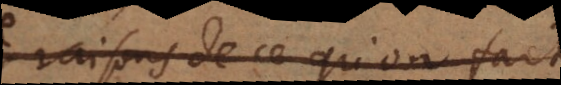
raisons de ce qu’on fait